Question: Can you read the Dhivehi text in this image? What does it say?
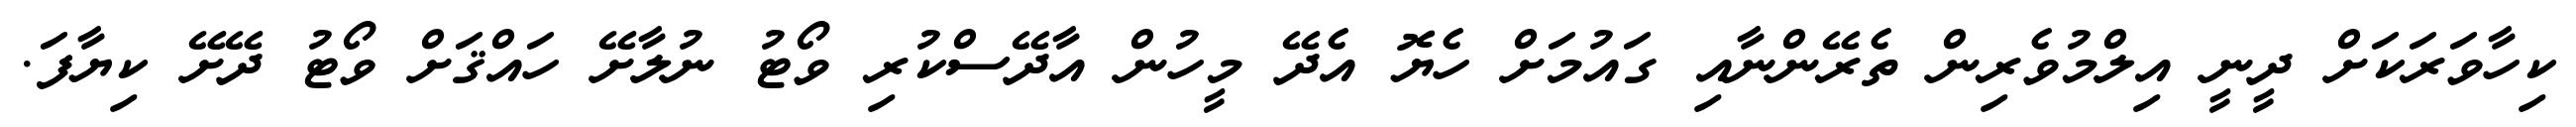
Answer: ކިހާވަރަކަށް ދީނީ އިލްމުވެރިން ތެރޭންނާއި ގައުމަށް ހެޔޮ އެދޭ މީހުން އާދޭސްކުރި ވޯޓު ނުލާށޭ ހައްޤަށް ވޯޓު ދޭށޭ ކިޔާފަ.